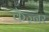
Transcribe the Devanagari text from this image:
कैज़्नर